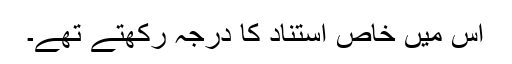
اس میں خاص استناد کا درجہ رکھتے تھے۔